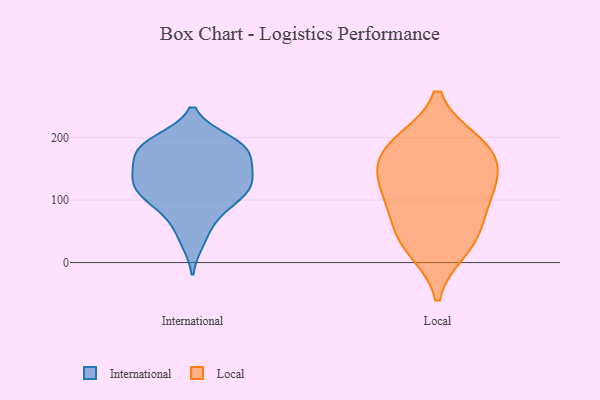
{"axis": {"x": "Headcount", "y": "Value"}, "legend": ["International", "Local"], "data": [{"x": "", "y": 196, "type": "International"}, {"x": "", "y": 147, "type": "International"}, {"x": "", "y": 172, "type": "International"}, {"x": "", "y": 118, "type": "International"}, {"x": "", "y": 194, "type": "International"}, {"x": "", "y": 115, "type": "International"}, {"x": "", "y": 174, "type": "International"}, {"x": "", "y": 33, "type": "International"}, {"x": "", "y": 62, "type": "International"}, {"x": "", "y": 140, "type": "International"}, {"x": "", "y": 87, "type": "International"}, {"x": "", "y": 193, "type": "International"}, {"x": "", "y": 160, "type": "International"}, {"x": "", "y": 184, "type": "International"}, {"x": "", "y": 140, "type": "International"}, {"x": "", "y": 96, "type": "International"}, {"x": "", "y": 118, "type": "International"}, {"x": "", "y": 115, "type": "International"}, {"x": "", "y": 105, "type": "Local"}, {"x": "", "y": 58, "type": "Local"}, {"x": "", "y": 38, "type": "Local"}, {"x": "", "y": 190, "type": "Local"}, {"x": "", "y": 191, "type": "Local"}, {"x": "", "y": 167, "type": "Local"}, {"x": "", "y": 111, "type": "Local"}, {"x": "", "y": 162, "type": "Local"}, {"x": "", "y": 22, "type": "Local"}, {"x": "", "y": 125, "type": "Local"}]}